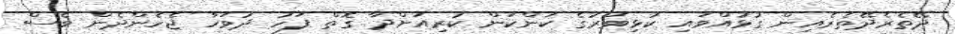
ދޭތެރެދޭތެރެއިން ގުޅުއްވައި ކުޅިވަރުގެ ކަންކަން ކުރިއަށްދާ ގޮތް ފަހު ދުވަހާ ޖެހެންދެން ވެސް